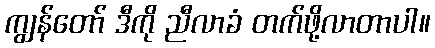
ကျွန်တော် ဒီကို ညီလာခံ တက်ဖို့လာတာပါ။